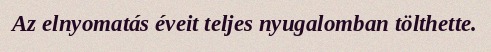
Az elnyomatás éveit teljes nyugalomban tölthette.